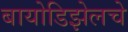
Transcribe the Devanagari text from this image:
बायोडिझेलचे